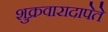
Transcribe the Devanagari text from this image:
शुक्रवारादापेते